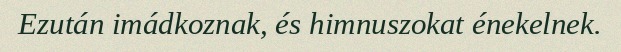
Ezután imádkoznak, és himnuszokat énekelnek.